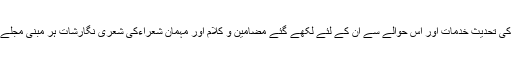
یہ عالمی مشاعرہ دو حصوں پر مشتمل تھا، پہلا حصہ صاحبِ مشاعرہ کی تحدیثِ خدمات اور اس حوالے سے اْن کے لئے لکھے گئے مضامین و کلام اور مہمان شعراءکی شعری نگارشات ہر مبنی مجلّے اظہار کی تقریبِ اجراء، جبکہ دوسرا حصہ مشاعرے سے منسوب تھا۔